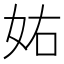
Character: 𡛮